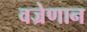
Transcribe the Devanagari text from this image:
वज्रेणान